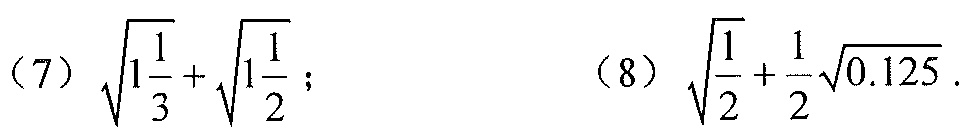
(7)\(\sqrt{1\frac{1}{3}}+\sqrt{1\frac{1}{2}}\);
(8)\(\sqrt{\frac{1}{2}}+\frac{1}{2}\sqrt{0.125}\).